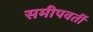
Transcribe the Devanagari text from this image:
समीपवर्तीं